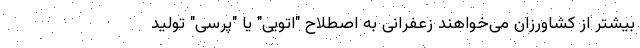
بیشتر از کشاورزان می‌خواهند زعفرانی به اصطلاح "اتویی" یا "پرسی" تولید